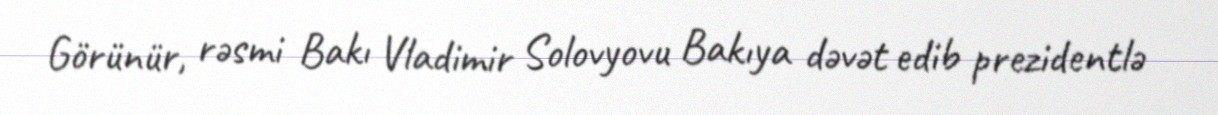
Görünür, rəsmi Bakı Vladimir Solovyovu Bakıya dəvət edib prezidentlə